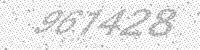
Solution: 967428